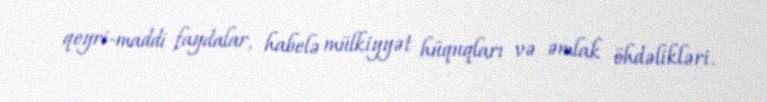
qeyri-maddi faydalar, habelə mülkiyyət hüquqları və əmlak öhdəlikləri.